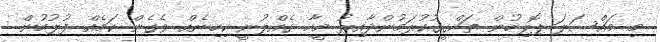
މި މައްސަލަ ޕޮލިހުން ތަހްގީގުކުރަމުންދާއިރު މީހާ ގެއްލުނީ ކިހިނެއް ވެގެން ކަމެއް ފުލުހުން